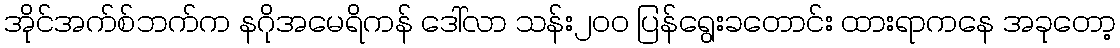
အိုင်အက်စ်ဘက်က နဂိုအမေရိကန် ဒေါ်လာ သန်း၂၀၀ ပြန်ရွေးခတောင်း ထားရာကနေ အခုတော့